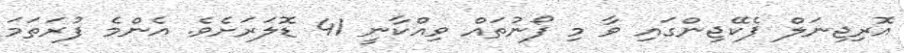
އޮރިޖިނަލް ޕެކޭޖިންގައި ވާ މި ފޯނުތައް ވިއްކާނީ 41 ޑޮލަރަށެވެ. އެންމެ ފުރަތަމަ